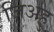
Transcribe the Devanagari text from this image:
जिअहु